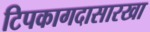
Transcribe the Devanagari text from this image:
टिपकागदासारखा